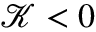
\mathcal { K } < 0